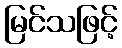
မြင်သဖြင့်